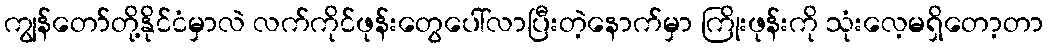
ကျွန်တော်တို့နိုင်ငံမှာလဲ လက်ကိုင်ဖုန်းတွေပေါ်လာပြီးတဲ့နောက်မှာ ကြိုးဖုန်းကို သုံးလေ့မရှိတော့တာ